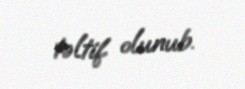
təltif olunub.